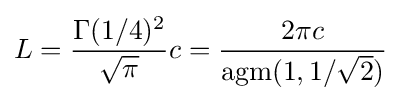
L={\frac {\Gamma (1/4)^{2}}{\sqrt {\pi }}}c={\frac {2\pi c}{\operatorname {agm} (1,1/{\sqrt {2}})}}